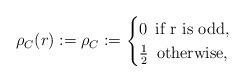
LaTeX: \begin{align*} \rho_C(r):= \rho_C := \begin{cases} 0 \,\,\, \textrm{if r is odd}, \\ \frac{1}{2}\,\,\, \textrm{otherwise}, \end{cases}\end{align*}